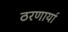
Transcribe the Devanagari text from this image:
ठरणार्या